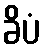
ခိပံ